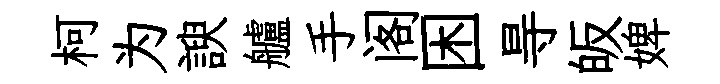
柯为諛艫手阁困㝵皈婢